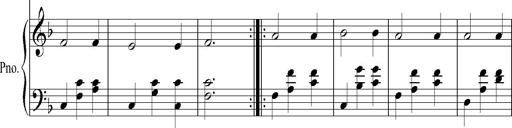
Title: SoirÃ©es de Vienne
Composer: Franz Liszt